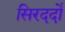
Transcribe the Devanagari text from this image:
सिरदर्दों